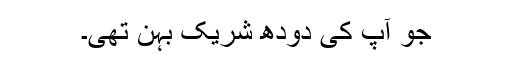
جو آپ کی دودھ شریک بہن تھی۔